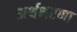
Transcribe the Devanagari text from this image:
अर्थभरणा